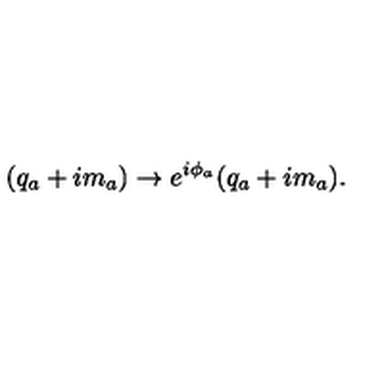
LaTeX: ( q _ { a } + i m _ { a } ) \rightarrow e ^ { i \phi _ { a } } ( q _ { a } + i m _ { a } ) .